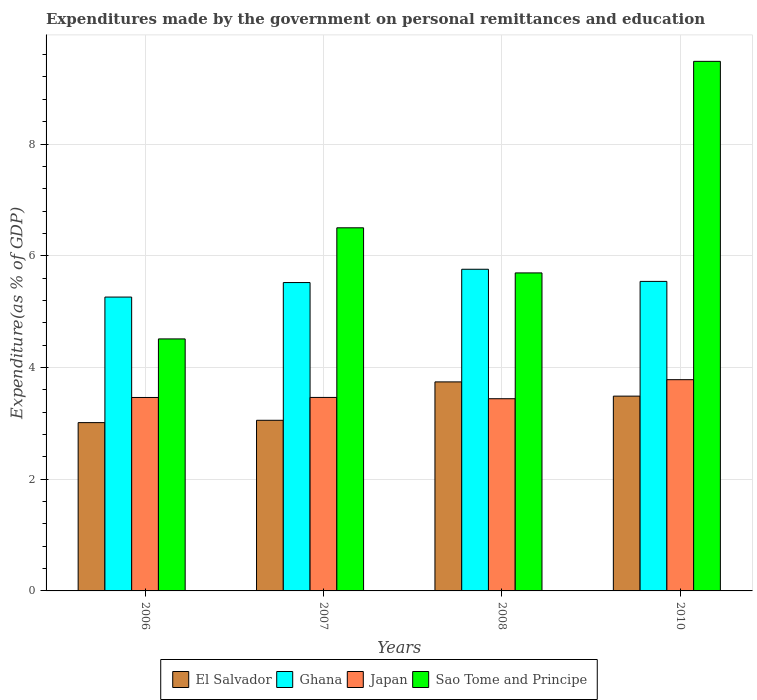
| Years | El Salvador | Ghana | Japan | Sao Tome and Principe |
 | --- | --- | --- | --- | --- |
 | 2006 | 3.01 | 5.26 | 3.46 | 4.51 |
 | 2007 | 3.05 | 5.52 | 3.46 | 6.5 |
 | 2008 | 3.74 | 5.76 | 3.44 | 5.69 |
 | 2010 | 3.49 | 5.54 | 3.78 | 9.48 |